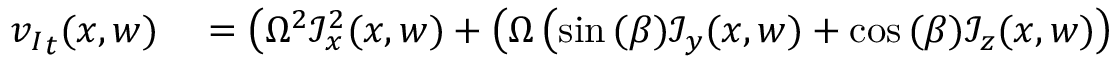
\begin{array} { r l } { { v _ { I } } _ { t } ( x , w ) } & { { } = \left( \Omega ^ { 2 } \mathcal { I } _ { x } ^ { 2 } ( x , w ) + \left( \Omega \left( \sin { ( \beta ) } \mathcal { I } _ { y } ( x , w ) + \cos { ( \beta ) } \mathcal { I } _ { z } ( x , w ) \right) \right. \right. } \end{array}